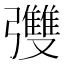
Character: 𪫄